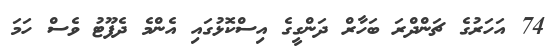
74 އަހަރުގެ ޗަންދްރަ ބަހާރް ދަންގީގެ އިސްކޮޅުގައި އެންމެ ދެފޫޓު ވެސް ހަމަ